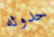
حدوثه